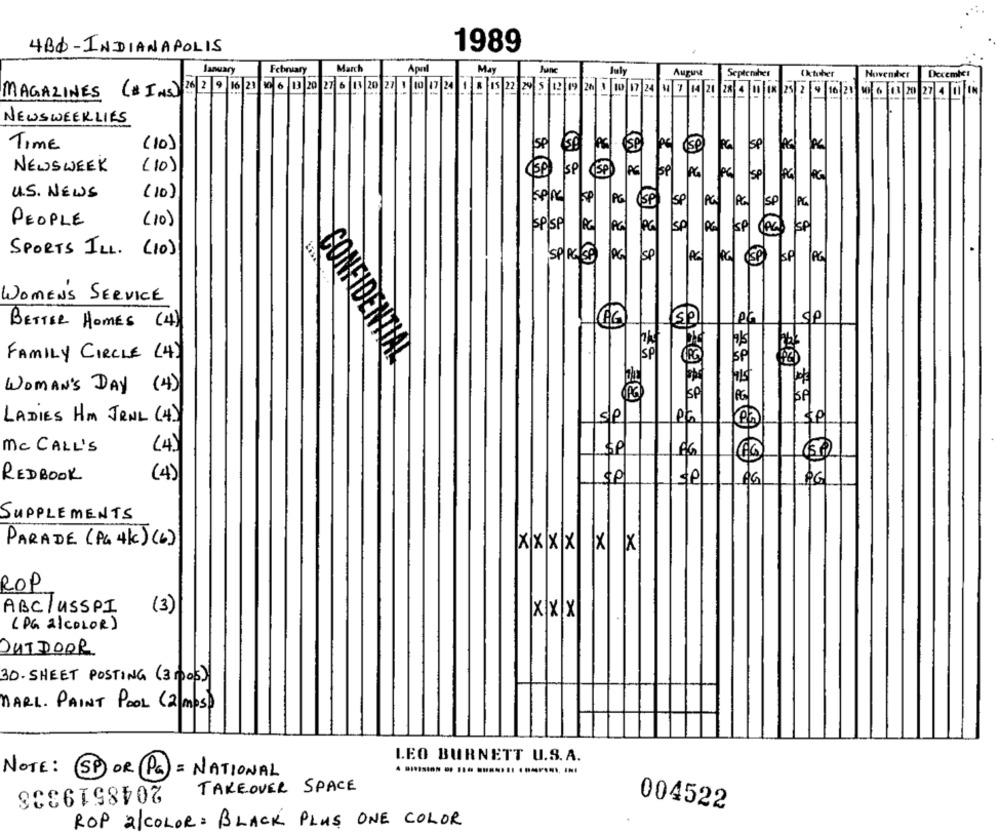
4BD - INDIANAPOLIS
1989
March
January
Apal
May
July
August
September
Oktober
November
December
MAGAZINES (# INS) 26 2 9 16 21 19 6 13 20 27 6 13 20 27 1 10 12 24 1 1 15 22 24 5 12 19 26 1 10 17 24 1 7 14 21 28 4 11 18 25 2 9 16 21 18 6 18 20 27 4 11 IN
NEWSWEEKLIES
TIME
(10)
SP
SP
ise
SP
NEWSWEEK
(10)
SP
SP
PC
SP
1PG
PC
SP
U.S. NEWS
(10)
Sp/AC
SP
PG
SP
SP
PG
SP
PG
PEOPLE
(10)
SPISP
SP
SP
SP
R
2
SPORTS ILL. (10)
SPACEA
PG
Sp
SP
WOMENS SERVICE
pt
BETTER HOMES (4)
AG
FAMILY CIRCLE (4)
SP
SP
CONFIDENTIAL
WOMAN'S DAY (4)
SP
PG
sle
et
LADIES Hm JRNL (4)
Pa
Mc CALL'S
(4)
(4)
REDBOOK
$P
AG
SUPPLEMENTS
PARADE (PG 4k) (6)
XXXX|X X
ROP
ABC/ USSPI
(3)
XXX
( PG 21 COLOR)
.
OUTDOOR
30- SHEET POSTING (31003)
MARL. PAINT POOL (2 MOS)
LEO BURNETT U.S.A.
NOTE: SPOR (PG) = NATIONAL
2048519338
TAKEOVER SPACE
004522
ROP 2/COLOR : BLACK PLUS ONE COLOR